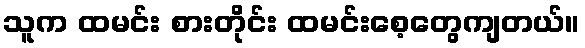
သူက ထမင်း စားတိုင်း ထမင်းစေ့တွေကျတယ်။